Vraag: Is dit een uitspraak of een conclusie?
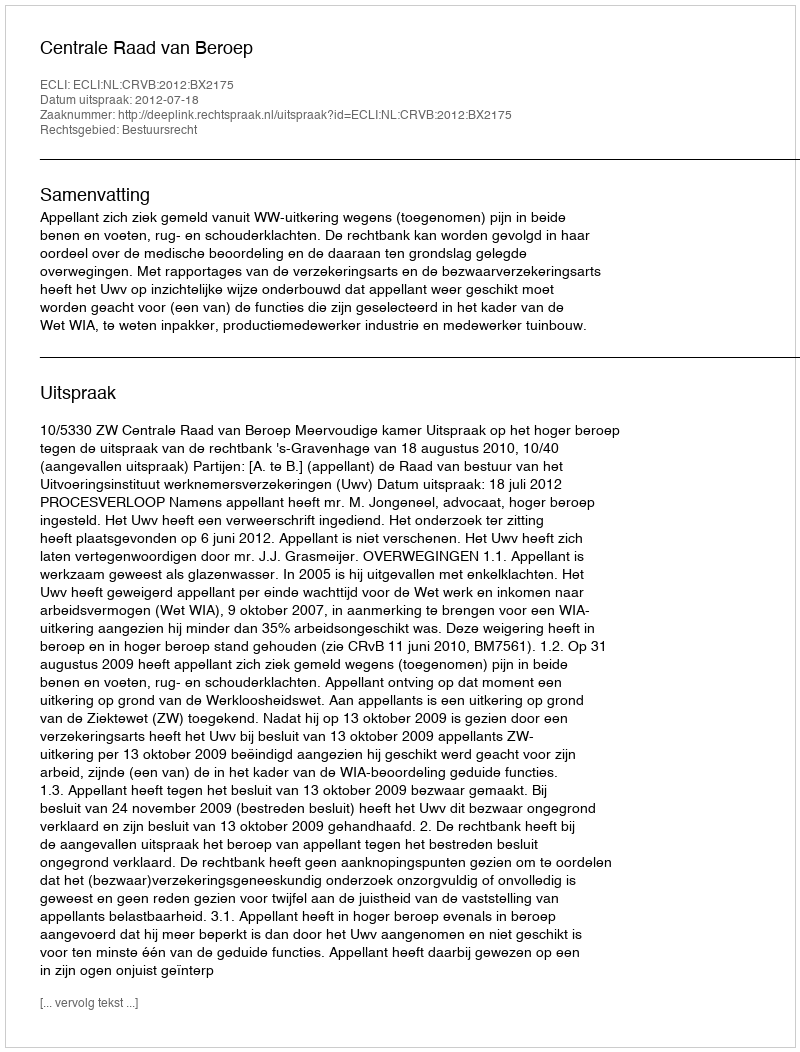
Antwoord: Uitspraak